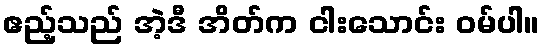
ဧည့်သည် အဲ့ဒီ အိတ်က ငါးသောင်း ဝမ်ပါ။